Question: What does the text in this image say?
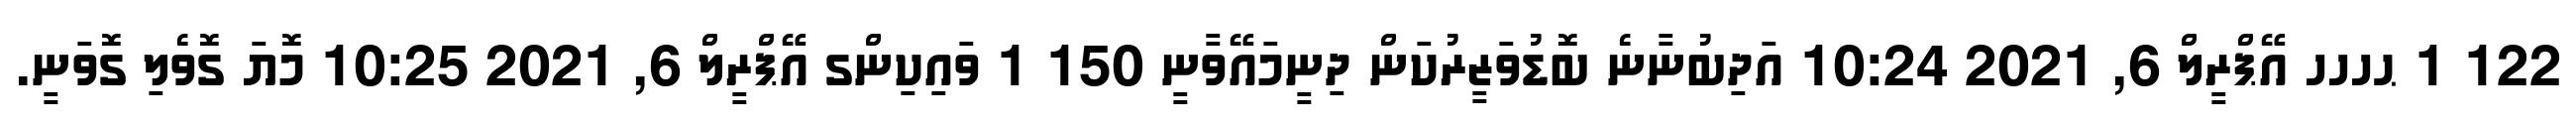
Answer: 122 1 ޙހހހ އޭޕްރީލް 6, 2021 10:24 އަދިބުނާނެ ބޮޑުވަޒީރުކަން ދިނީމައޭވާނީ 150 1 ވައިކިންގ އޭޕްރީލް 6, 2021 10:25 މޮޔަ ގޮވެލި ގޮވަނީ.